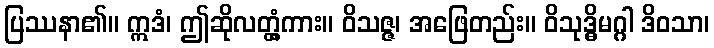
ပြဿနာ၏။ ဣဒံ၊ ဤဆိုလတ္တံ့ကား။ ဝိသဇ္ဇ၊ အဖြေတည်း။ ဝိသုဒ္ဓိမဂ္ဂါ ဒိဝသာ၊